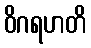
ဝိဂရဟတိ